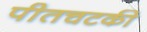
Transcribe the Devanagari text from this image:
पीतचटकी